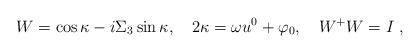
LaTeX: \begin{align*}W=\cos \kappa -i\Sigma _{3}\sin \kappa ,\quad 2\kappa =\omega u^{0}+\varphi_{0},\quad W^{+}W=I\;, \end{align*}